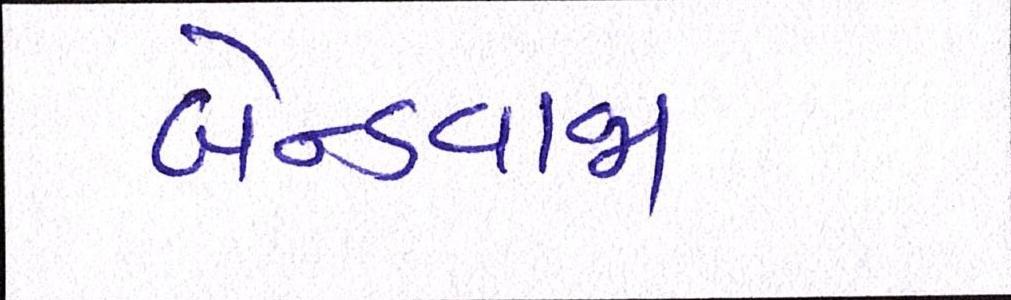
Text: બેન્ડવાજા